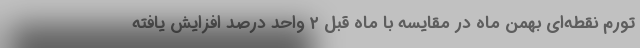
تورم نقطه‌ای بهمن ماه در مقایسه با ماه قبل ٢ واحد درصد افزایش یافته